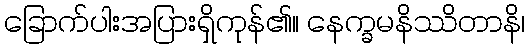
ခြောက်ပါးအပြားရှိကုန်၏။ နေက္ခမနိဿိတာနိ၊